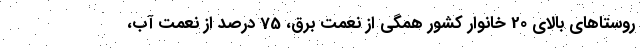
روستاهای بالای 20 خانوار کشور همگی از نعمت برق، 75 درصد از نعمت آب،